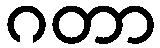
ဂတာ